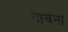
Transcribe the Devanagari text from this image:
दावना